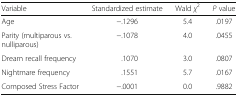
<table><thead><tr><td><b>Variable</b></td><td><b>Standardized estimate</b></td><td><b>Wald <i>χ</i><sup>2</sup></b></td><td><b><i>P</i> value</b></td></tr></thead><tbody><tr><td>Age</td><td>−.1296</td><td>5.4</td><td>.0197</td></tr><tr><td>Parity (multiparous vs. nulliparous)</td><td>−.1078</td><td>4.0</td><td>.0455</td></tr><tr><td>Dream recall frequency</td><td>.1070</td><td>3.0</td><td>.0807</td></tr><tr><td>Nightmare frequency</td><td>.1551</td><td>5.7</td><td>.0167</td></tr><tr><td>Composed Stress Factor</td><td>−.0001</td><td>0.0</td><td>.9882</td></tr></tbody></table>